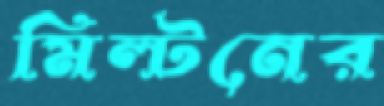
মিল্টনের